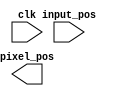
`timescale 1ns / 1ps
//////////////////////////////////////////////////////////////////////////////////
// Company: 
// Engineer: 
// 
// Design Name: 
// Module Name:    pixel_assign 
// Project Name: 
// Target Devices: 
// Tool versions: 
// Description: 
//
// Dependencies: 
//
// Revision: 
// Revision 0.01 - File Created
// Additional Comments: 
//
//////////////////////////////////////////////////////////////////////////////////
module pixel_assign(
		input wire clk,
		input wire input_pos,
		output wire pixel_pos		
    );


endmodule